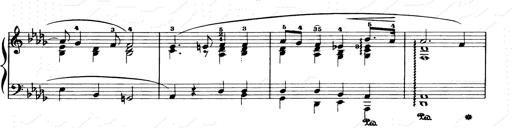
Title: Consolations and LiebestrÃ¤ume for the Piano
Composer: Franz Liszt